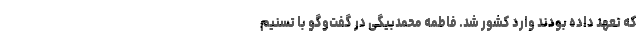
که تعهد داده بودند وارد کشور شد. فاطمه محمدبیگی در گفت‌وگو با تسنیم